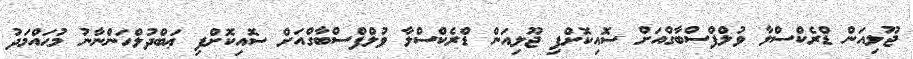
ޖޫލިއަން ޑްރެކްސްލާ ވުލްފްސްބާގްއަށް ސޮއިކޮށްފި ޖޫލިއަން ޑްރެކްސްލާ ވުލްފްސްބާގްއަށް ސޮއިކޮށްފި ޢަބްދުލްހަންނާނު މުޙައްމަދު